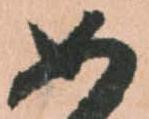
如